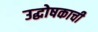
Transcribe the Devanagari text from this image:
उद्घोषकाची